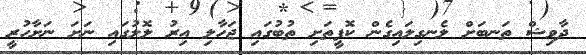
ދާވިޝް ތަނބަށް ލެނގިލައިގެން ކޮފީތަށި ތުބުގައި ޖަހާލި އިރު ލޮލުގައި ނަށަ ނަށާހުރީ